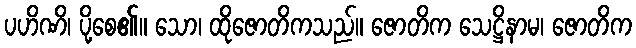
ပဟိဏိ၊ ပို့စေ၏။ သော၊ ထိုဇောတိကသည်။ ဇောတိက သေဋ္ဌိနာမ၊ ဇောတိက